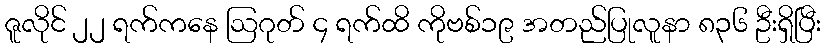
ဇူလိုင် ၂၂ ရက်ကနေ ဩဂုတ် ၄ ရက်ထိ ကိုဗစ်၁၉ အတည်ပြုလူနာ ၈၃၆ ဦးရှိပြီး